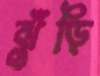
ঝুঁড়ি